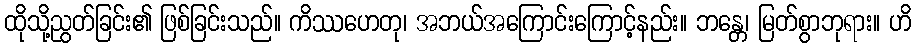
ထိုသို့ညွတ်ခြင်း၏ ဖြစ်ခြင်းသည်။ ကိဿဟေတု၊ အဘယ်အကြောင်းကြောင့်နည်း။ ဘန္တေ၊ မြတ်စွာဘုရား။ ဟိ